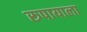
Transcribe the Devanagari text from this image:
रूपायाला